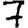
Digit: 7